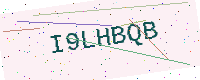
Text: I9LHBQB